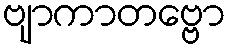
ဗျာကာတဗ္ဗော